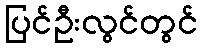
ပြင်ဦးလွင်တွင်